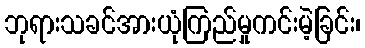
ဘုရားသခင်အားယုံကြည်မှုကင်းမဲ့ခြင်း၊